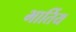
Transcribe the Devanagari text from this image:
भार्तिय